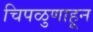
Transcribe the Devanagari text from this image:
चिपळुणाहून